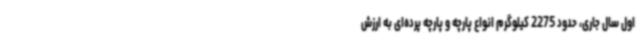
اول سال جاری، حدود 2275 کیلوگرم انواع پارچه و پارچه پرده‌ای به ارزش